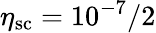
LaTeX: \eta_{\textrm{sc}}=10^{-7}/2